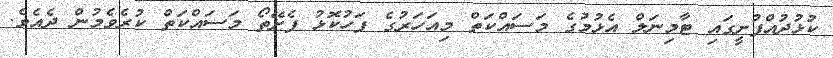
ކުޅުދުއްފުށީގައި ޓާމިނަލް އެޅުމުގެ މަސައްކަތް މިއަހަރުގެ ފަހުކޮޅު ފެށޭތޯ މަސައްކަތް ކުރެވެމުން ދެއެވެ.